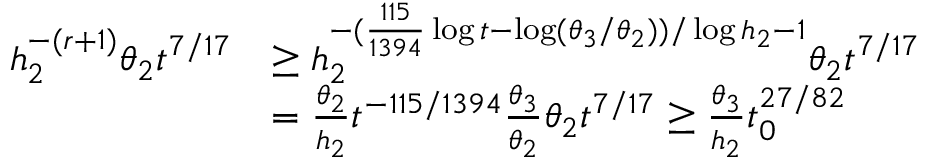
\begin{array} { r l } { h _ { 2 } ^ { - ( r + 1 ) } \theta _ { 2 } t ^ { 7 / 1 7 } } & { \ge h _ { 2 } ^ { - ( \frac { 1 1 5 } { 1 3 9 4 } \log t - \log ( \theta _ { 3 } / \theta _ { 2 } ) ) / \log h _ { 2 } - 1 } \theta _ { 2 } t ^ { 7 / 1 7 } } \\ & { = \frac { \theta _ { 2 } } { h _ { 2 } } t ^ { - 1 1 5 / 1 3 9 4 } \frac { \theta _ { 3 } } { \theta _ { 2 } } \theta _ { 2 } t ^ { 7 / 1 7 } \ge \frac { \theta _ { 3 } } { h _ { 2 } } t _ { 0 } ^ { 2 7 / 8 2 } } \end{array}